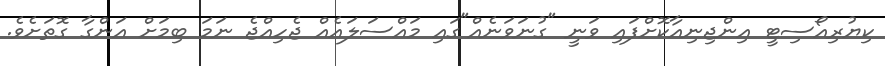
ކިޔުރިއޯސިޓީ އިންޖިނިއާކޮށްފައި ވަނީ "ގުނަވަނެއް"ގައި މައްސަލައެއް ޖެހިއްޖެ ނަމަ ބިމަށް އަންގާ ގޮތަށެވެ.